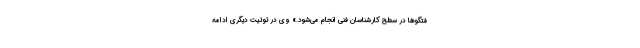
فتگوها در سطح کارشناسان فنی انجام می‌شود.» وی در توئیت دیگری ادامه